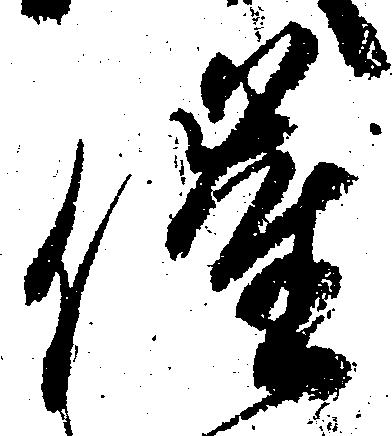
催